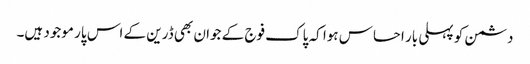
دشمن کو پہلی بار احساس ہوا کہ پاک فوج کے جوان بھی ڈرین کے اس پار موجود ہیں۔